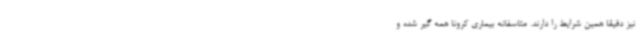
نیز دقیقا همین شرایط را دارند. متاسفانه بیماری کرونا همه گیر شده و